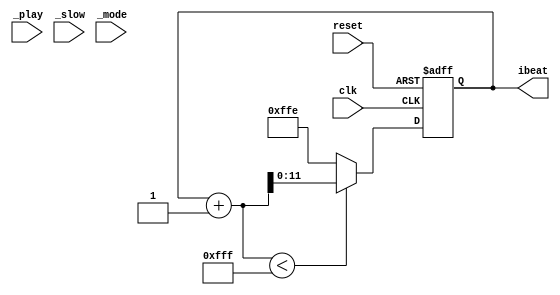
module player_control (
	input clk, 
	input reset, 
	input _play, 
	input _slow, 
	input _mode, 
	output reg [11:0] ibeat
);
	parameter LEN = 4095;
    reg [11:0] next_ibeat;

	always @(posedge clk, posedge reset) begin
		if (reset) begin
			ibeat <= 0;
		end else begin
            ibeat <= next_ibeat;
		end
	end

    always @* begin
        next_ibeat = (ibeat + 1 < LEN) ? (ibeat + 1) : LEN-1;
    end

endmodule